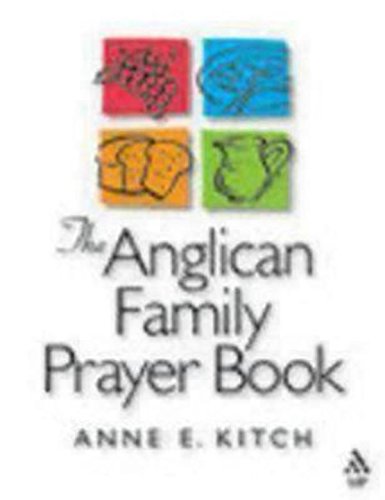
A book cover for The Anglican Family Prayer Book; Anne E. Kitch; Christian Books & Bibles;